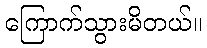
ကြောက်သွားမိတယ်။